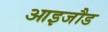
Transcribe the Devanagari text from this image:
आइजौड